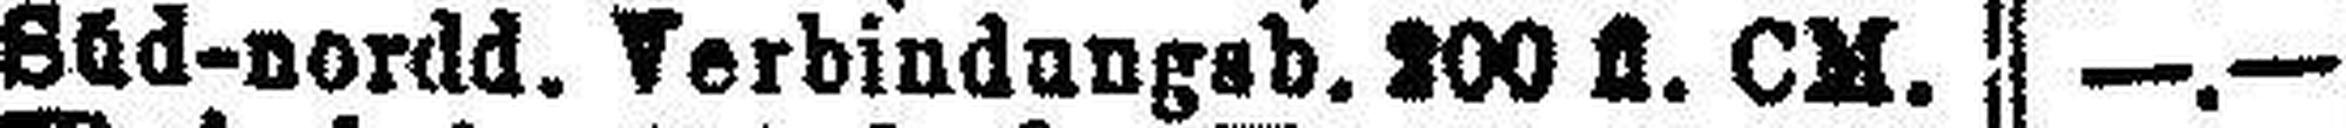
Süd-nordd. Verbindungsb. 200 fl. CM.